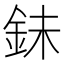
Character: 𮡮